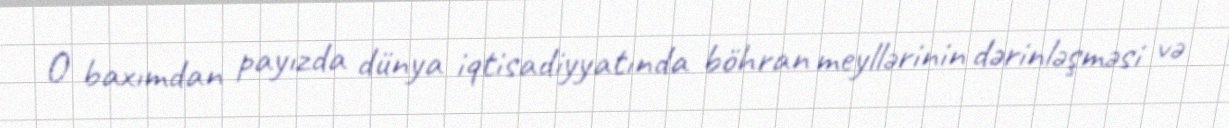
O baxımdan payızda dünya iqtisadiyyatında böhran meyllərinin dərinləşməsi və